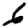
Digit: 6